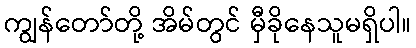
ကျွန်တော်တို့ အိမ်တွင် မှီခိုနေသူမရှိပါ။